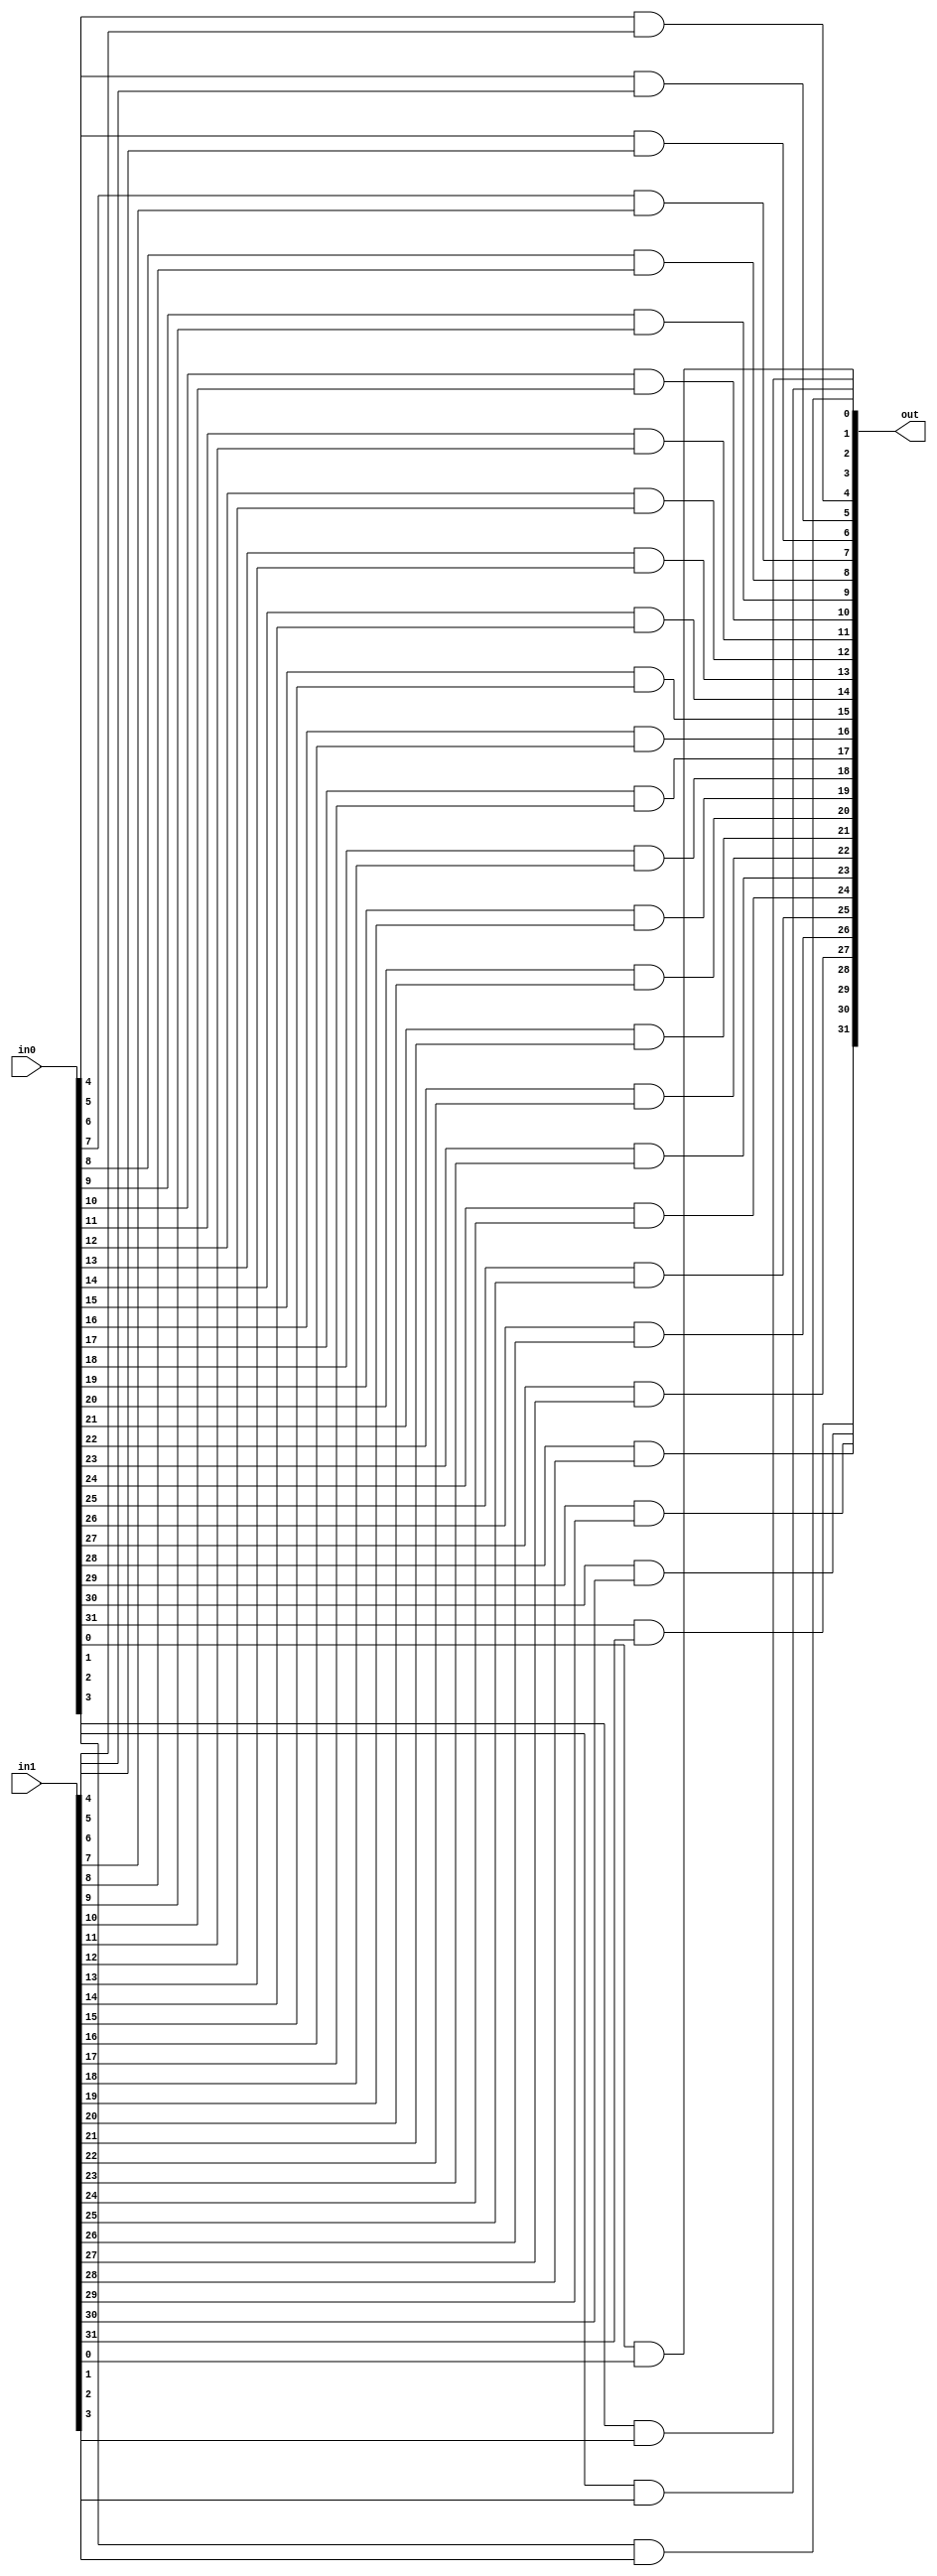
module bit_and (out, in0, in1);
input [31:0] in0, in1;
output [31:0] out;

//apply and gate to each bit of input
and and_gate0(out[0], in0[0], in1[0]);
and and_gate1(out[1], in0[1], in1[1]);
and and_gate2(out[2], in0[2], in1[2]);
and and_gate3(out[3], in0[3], in1[3]);
and and_gate4(out[4], in0[4], in1[4]);
and and_gate5(out[5], in0[5], in1[5]);
and and_gate6(out[6], in0[6], in1[6]);
and and_gate7(out[7], in0[7], in1[7]);
and and_gate8(out[8], in0[8], in1[8]);
and and_gate9(out[9], in0[9], in1[9]);
and and_gate10(out[10], in0[10], in1[10]);
and and_gate11(out[11], in0[11], in1[11]);
and and_gate12(out[12], in0[12], in1[12]);
and and_gate13(out[13], in0[13], in1[13]);
and and_gate14(out[14], in0[14], in1[14]);
and and_gate15(out[15], in0[15], in1[15]);
and and_gate16(out[16], in0[16], in1[16]);
and and_gate17(out[17], in0[17], in1[17]);
and and_gate18(out[18], in0[18], in1[18]);
and and_gate19(out[19], in0[19], in1[19]);
and and_gate20(out[20], in0[20], in1[20]);
and and_gate21(out[21], in0[21], in1[21]);
and and_gate22(out[22], in0[22], in1[22]);
and and_gate23(out[23], in0[23], in1[23]);
and and_gate24(out[24], in0[24], in1[24]);
and and_gate25(out[25], in0[25], in1[25]);
and and_gate26(out[26], in0[26], in1[26]);
and and_gate27(out[27], in0[27], in1[27]);
and and_gate28(out[28], in0[28], in1[28]);
and and_gate29(out[29], in0[29], in1[29]);
and and_gate30(out[30], in0[30], in1[30]);
and and_gate31(out[31], in0[31], in1[31]);
	
	

endmodule